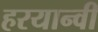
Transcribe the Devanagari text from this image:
हरयान्वी